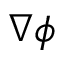
\nabla \phi